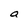
Character: a